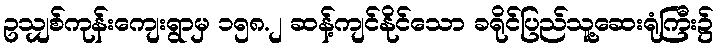
ဥသျှစ်ကုန်းကျေးရွာမှ ၁၅၈.၂ ဆန့်ကျင်နိုင်သော ခရိုင်ပြည်သူ့ဆေးရုံကြီး၌